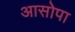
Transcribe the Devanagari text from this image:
आसोपा